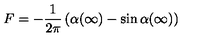
F = - \frac { 1 } { 2 \pi } \left( \alpha ( \infty ) - \sin \alpha ( \infty ) \right)